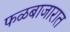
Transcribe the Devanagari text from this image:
फळबाजारात